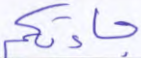
جاءتكم